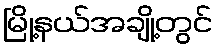
မြို့နယ်အချို့တွင်